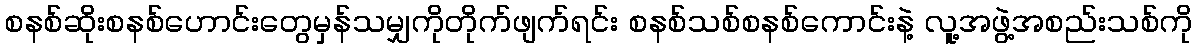
စနစ်ဆိုးစနစ်ဟောင်းတွေမှန်သမျှကိုတိုက်ဖျက်ရင်း စနစ်သစ်စနစ်ကောင်းနဲ့ လူ့အဖွဲ့အစည်းသစ်ကို